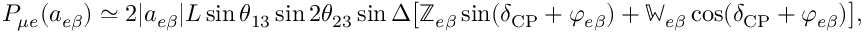
\begin{array} { r l } & { P _ { \mu e } ( a _ { e \beta } ) \simeq 2 | a _ { e \beta } | L \sin \ensuremath { \theta _ { 1 3 } } \sin 2 \ensuremath { \theta _ { 2 3 } } \sin \Delta \big [ \mathbb { Z } _ { e \beta } \sin ( \delta _ { \mathrm { C P } } + \varphi _ { e \beta } ) + \mathbb { W } _ { e \beta } \cos ( \delta _ { \mathrm { C P } } + \varphi _ { e \beta } ) \big ] , } \end{array}